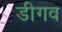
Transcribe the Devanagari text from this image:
डीगव